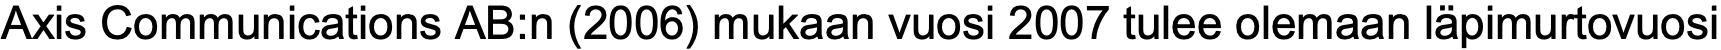
Axis Communications AB:n (2006) mukaan vuosi 2007 tulee olemaan läpimurtovuosi